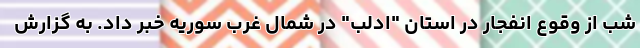
شب از وقوع انفجار در استان "ادلب" در شمال غرب سوریه خبر داد. به گزارش